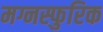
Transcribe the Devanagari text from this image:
मग्नस्फुरिक